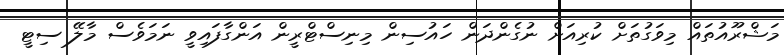
މަޝްރޫއުތައް މިވަގުތަށް ކުރިއަށް ނުގެންދަން ހައުސިން މިނިސްޓްރީން އަންގާފައިވީ ނަމަވެސް މާލޭ ސިޓީ